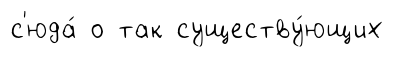
с'юда́ о так существу́ющих